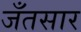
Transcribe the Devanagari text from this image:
जँतसार